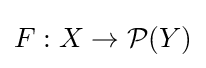
F:X\rightarrow {\mathcal {P}}(Y)